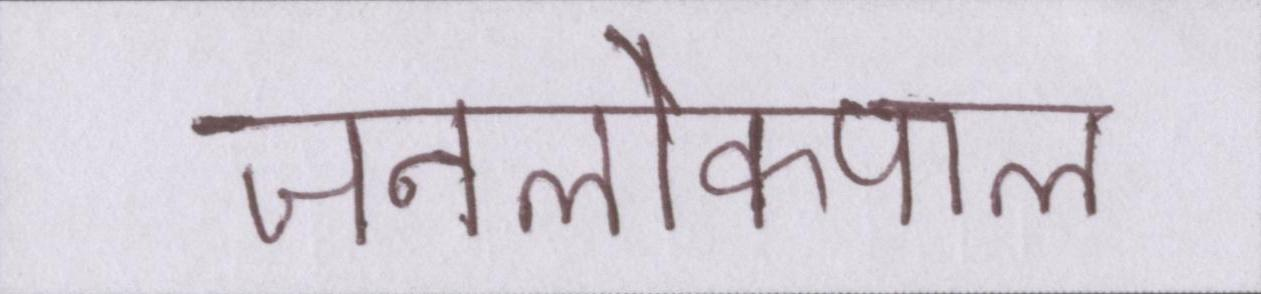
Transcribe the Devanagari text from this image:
जनलोकपाल